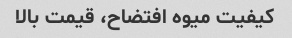
کیفیت میوه افتضاح، قیمت بالا